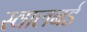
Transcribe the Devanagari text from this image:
स्वालबर्ड